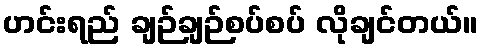
ဟင်းရည် ချဉ်ချဉ်စပ်စပ် လိုချင်တယ်။